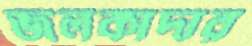
জলকাদার